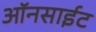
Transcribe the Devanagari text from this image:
ऑनसाईट